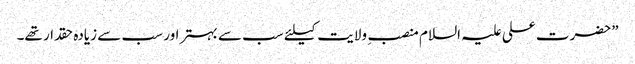
”حضرت علی علیہ السلام منصب ِ ولایت کیلئے سب سے بہتر اور سب سے زیادہ حقدار تھے۔